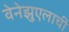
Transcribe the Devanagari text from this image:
वेनेझुएलाची